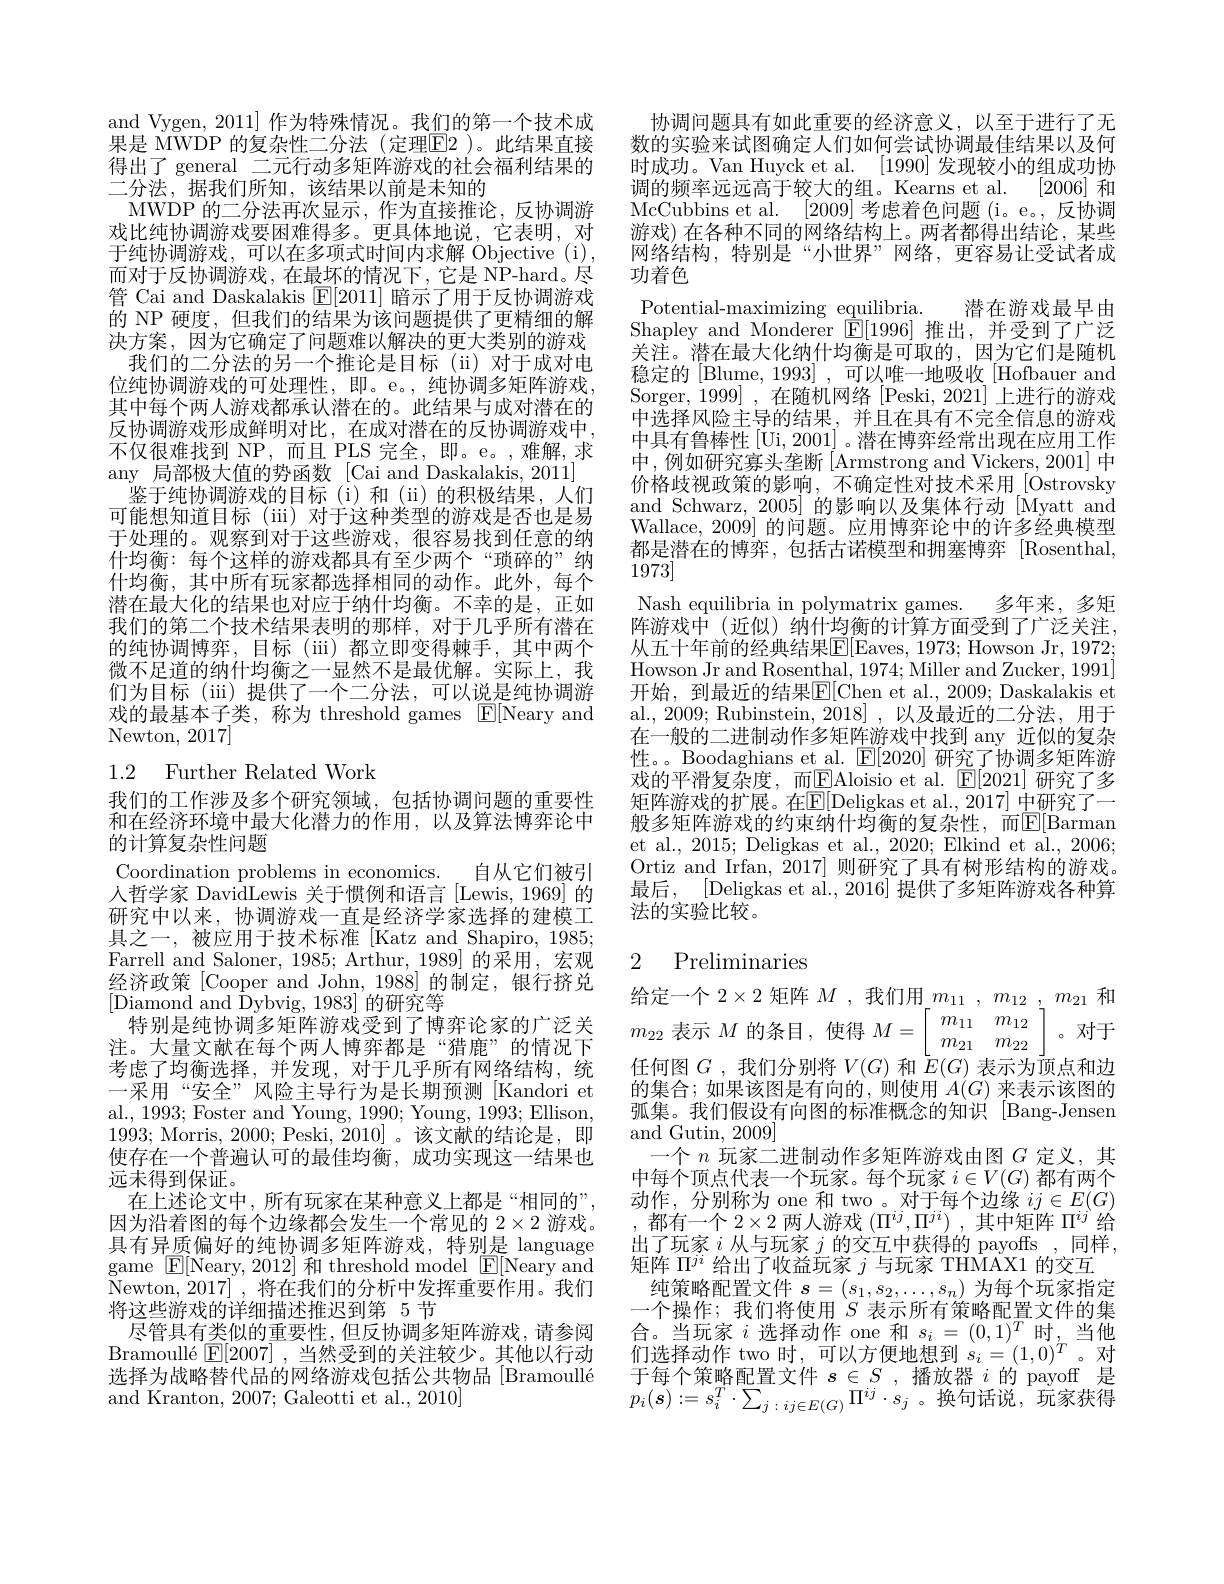
and Vygen, 2011] 作为特殊情况。我们的第一个技术成果是 MWDP 的复杂性二分法 (定理$\boxed{\mathrm{F}}2$ )。此结果直接得出了 general 二元行动多矩阵游戏的社会福利结果的一个洪、据我们所知。该结果以前是未知的
MWDP 的二分法再次显示，作为直接推论，反协调游戏比纯协调游戏要困难得多。更具体地说，它表明，对于纯协调游戏，可以在多项式时间内求解 Objective (i) 而对于反协调游戏，在最坏的情况下，它是 NP-hard。尽管 Cai and Daskalakis $\boxed{\mathbb{F}}[2011]$暗示了用于反协调游戏的 NP 硬度，但我们的结果为该问题提供了更精细的解决方案，因为它确定了问题难以解决的更大类别的游戏
我们的二分法的另一个推论是目标(ii)对于成对电位纯协调游戏的可处理性，即。e。,纯协调多矩阵游戏， 其中每个两人游戏都承认潜在的。此结果与成对潜在的反协调游戏形成鲜明对比，在成对潜在的反协调游戏中， 不仅很难找到 NP,而且 PLS 完全，即。e。,难解，求any 局部极大值的势函数 [Cai and Daskalakis, 2011]
鉴于纯协调游戏的目标(i)和(ii)的积极结果，人们可能想知道目标(iii) 对于这种类型的游戏是否也是易于处理的。观察到对于这些游戏，很容易找到任意的纳什均衡：每个这样的游戏都具有至少两个“琐碎的”纳什均衡，其中所有玩家都选择相同的动作。此外，每个潜在最大化的结果也对应于纳什均衡。不幸的是，正如我们的第二个技术结果表明的那样，对于几乎所有潜在的纯协调博弈，目标(iii)都立即变得棘手，其中两个微不足道的纳什均衡之一显然不是最优解。实际上，我们为目标(ii)提供了一个二分法，可以说是纯协调游戏的最基本子类，称为 threshold games $\mathbb{E}[$Neary and Newton, 2017

# 1.2 Further Related Work

我们的工作涉及多个研究领域，包括协调问题的重要性和在经济环境中最大化潜力的作用，以及算法博弈论中的计算复杂性问题

Coordination problems in economics. 自从它们被引人哲学家 DavidLewis 关于惯例和语言 [Lewis,1969] 的研究中以来，协调游戏一直是经济学家选择的建模工具之一，被应用于技术标准[Katz and Shapiro, 1985; Farrell and Saloner, 1985; Arthur, 1989] 的采用，宏观经济政策 [Cooper and John, 1988] 的制定，银行挤兑[Diamond and Dybvig, 1983] 的研究等
特别是纯协调多矩阵游戏受到了博弈论家的广泛关注。大量文献在每个两人博弈都是“猎鹿”的情况下考虑了均衡选择，并发现，对于几乎所有网络结构，统一采用“安全”风险主导行为是长期预测[Kandori et al., 1993; Foster and Young, 1990; Young, 1993; Ellison, 1993; Morris, 2000; Peski, 2010] 。该文献的结论是，即使存在一个普遍认可的最佳均衡，成功实现这一结果也远未得到保证。
在上述论文中，所有玩家在某种意义上都是“相同的”, 因为沿着图的每个边缘都会发生一个常见的$2\times2$游戏。具有异质偏好的纯协调多矩阵游戏，特别是 language game $\mathbb{E}[$Neary, 2012] 和 threshold model $\mathbb{E}[$Neary and Newton, 2017] , 将在我们的分析中发挥重要作用。我们将这些游戏的详细描述推迟到第 5 节
尽管具有类似的重要性，但反协调多矩阵游戏，请参阅Bramoullé $\mathbb{E}[2007]$ ,当然受到的关注较少。其他以行动选择为战略替代品的网络游戏包括公共物品[Bramoullé and Kranton, 2007; Galeotti et al., 2010]

协调问题具有如此重要的经济意义，以至于进行了无数的实验来试图确定人们如何尝试协调最佳结果以及何时成功。Van Huyck et al. [1990] 发现较小的组成功协调的频率远远高于较大的组。Kearns et al. [2006]和McCubbins et al. [2009]考虑着色问题 (i。e。,反协调游戏) 在各种不同的网络结构上。两者都得出结论，某些网络结构，特别是“小世界”网络，更容易让受试者成功着色
潜在游戏最早由
Potential-maximizing equilibria.
Shapley and Monderer $\mathbb{E}[1996]$推出，并受到了广泛关注。潜在最大化纳什均衡是可取的，因为它们是随机稳定的 [Blume, 1993] , 可以唯一地吸收 [Hofbauer and Sorger, 1999] , 在随机网络 [Peski, 2021] 上进行的游戏中选择风险主导的结果，并且在具有不完全信息的游戏中具有鲁棒性[Ui, 2001]。潜在博弈经常出现在应用工作中，例如研究寡头垄断[Armstrong and Vickers, 2001] 中价格歧视政策的影响，不确定性对技术采用[Ostrovsky and Schwarz, 2005] 的影响以及集体行动[Myatt and Wallace, 2009] 的问题。应用博弈论中的许多经典模型都是潜在的博弈，包括古诺模型和拥塞博弈 [Rosenthal, 1973]
Nash equilibria in polymatrix games. 多年来，多矩$\bar{\text{阵游戏中(近似)纳什均衡的计算方面受到了广泛关注，}}$ 从五十年前的经典结果$\overline{\mathrm{E}}[$Eaves, 1973; Howson Jr, 1972; Howson Jr and Rosenthal, 1974; Miller and Zucker, 1991] 开始，到最近的结果$\overline{\mathbb{E}}[$Chen et al.,2009; Daskalakis et al., 2009; Rubinstein, 2018], 以及最近的二分法，用于在一般的二进制动作多矩阵游戏中找到 any 近似的复杂性。。Boodaghians et al. $\underline{\mathrm{E}}[2020]$研究了协调多矩阵游戏的平滑复杂度，而$\underline{\mathrm{E}}$Aloisio et al.$\underline{\mathrm{E}}[2021]$ 研究了多矩阵游戏的扩展。在$\mathbb{E}[$Deligkas et al.,2017] 中研究了一般多矩阵游戏的约束纳什均衡的复杂性，而$\mathbb{E}[$Barman et al., 2015; Deligkas et al., 2020; Elkind et al., 2006; Ortiz and Irfan, $\bar{2}017]$则研究了具有树形结构的游戏。最后，[Deligkas et al., 2016] 提供了多矩阵游戏各种算法的实验比较。

# 2 Preliminaries

给定一个$2\times2$矩阵$M$ ,我们用$m_{11},m_{12},m_{21}$和$m_{22}$表示$M$的条目，使得$M=\left\lfloor\begin{array}{cc}{m_{11}}&{m_{12}}\\{m_{21}}&{m_{22}}\end{array}\right\rfloor$。对于任何图$G$ ,我们分别将$V(G)$和$\bar{E}(G)$表示为顶点和边的集合；如果该图是有向的，则使用$A(G)$来表示该图的弧集。我们假设有向图的标准概念的知识 [Bang-Jensen and Gutin, 2009]
一个$n$玩家二进制动作多矩阵游戏由图$G$定义，其中每个顶点代表一个玩家。每个玩家$i\in V(G)$都有两个动作，分别称为 one 和 two 。对于每个边缘$ij\in E(G)$ 都有一个$2\times2$两人游戏$(\Pi^ij,\Pi^{ji})~$,其中矩阵$\Pi^ij$给出了玩家$i$从与玩家$j$的交互中获得的 payoffs ,同样， 矩阵$\Pi^{ji}$给出了收益玩家$j$与玩家 THMAX1 的交互
纯策略配置文件$s=(s_1,s_2,\ldots,s_n)$为每个玩家指定一个操作；我们将使用$S$表示所有策略配置文件的集合。当玩家$i$选择动作 one 和$s_i=(0,1)^T$时，当他们选择动作 two 时，可以方便地想到$s_i=(1,0)^T$。对$\begin{array}{l}\text{于每个策略配置文件 }s\in S\:,\text{播放器 }i\text{ 的 payoff 是}\\p_i(s):=s_i^T\cdot\sum_{j:ij\in E(G)}\Pi^{ij}\cdot s_j\text{ 。换句话说，玩家获得}\end{array}$